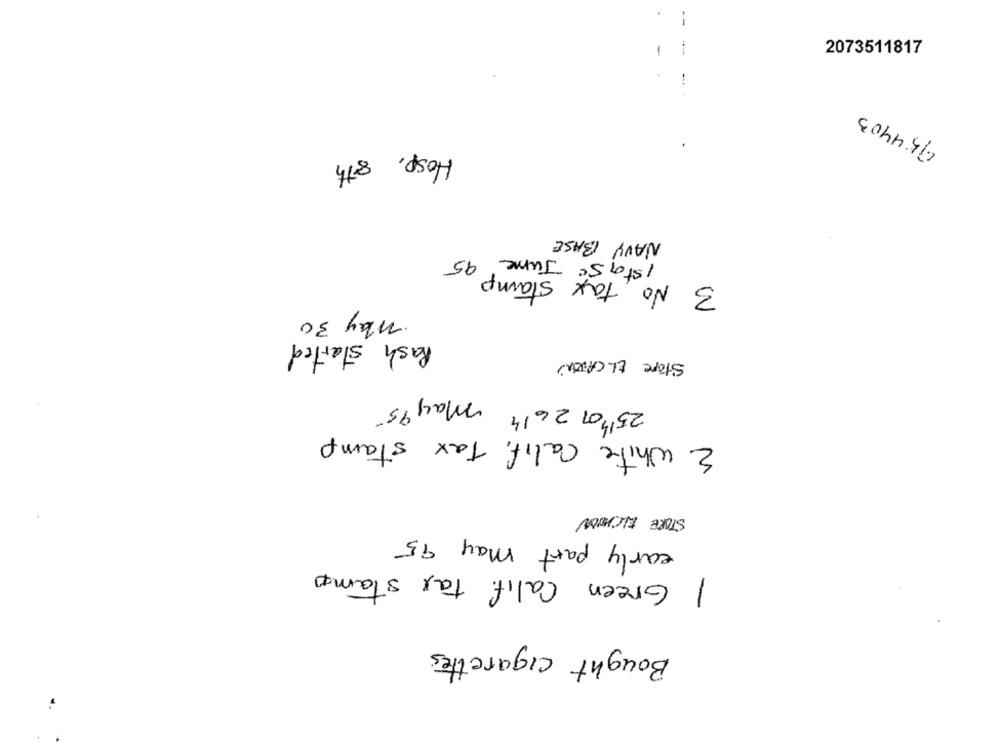
.
--
-
2073511817
(754403
Hosp, 8th
NAVY BASE
Ista sc Jume
3 No Tax Stamp 95
May 30
Rash started
Store ELCAJON
25th or 2614 May 95
2 white Calif. Tax stamp
STORE ELCHOON
early part May 95
1 Green Calif. tax stamp
Bought cigarettes